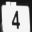
Digit: 4